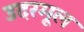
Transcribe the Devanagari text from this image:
उदरमूल